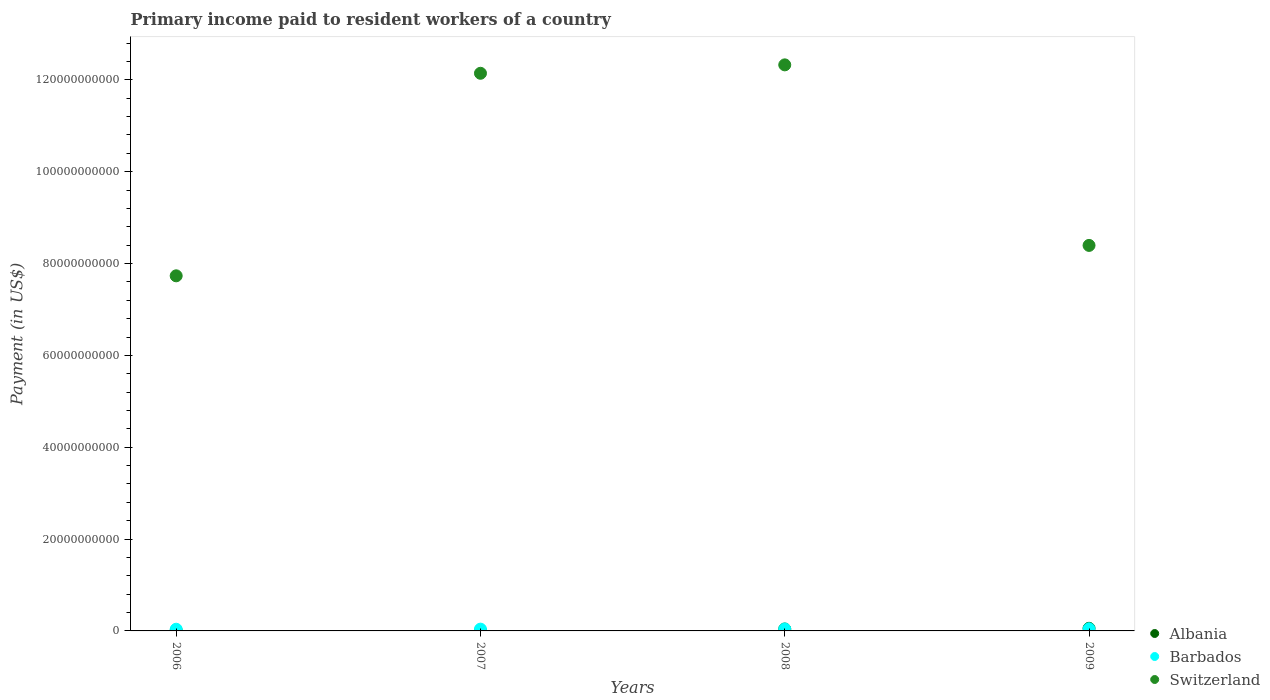
| Years | Albania | Barbados | Switzerland |
 | --- | --- | --- | --- |
 | 2006 | 6.91e+07 | 3.67e+08 | 7.73e+10 |
 | 2007 | 8.51e+07 | 3.88e+08 | 1.21e+11 |
 | 2008 | 4.18e+08 | 4.25e+08 | 1.23e+11 |
 | 2009 | 5.7e+08 | 4.64e+08 | 8.4e+10 |